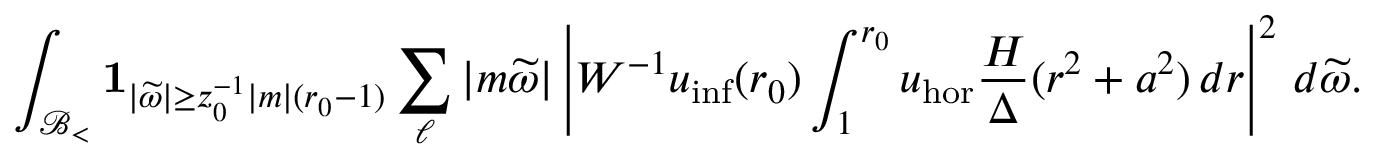
\int _ { { \mathcal { B } _ { < } } } \mathbf { 1 } _ { | \widetilde { \omega } | \geq z _ { 0 } ^ { - 1 } | m | ( r _ { 0 } - 1 ) } \sum _ { \ell } | m \widetilde { \omega } | \left| W ^ { - 1 } u _ { \mathrm { i n f } } ( r _ { 0 } ) \int _ { 1 } ^ { r _ { 0 } } u _ { \mathrm { h o r } } \frac { H } { \Delta } ( r ^ { 2 } + a ^ { 2 } ) \, d r \right| ^ { 2 } \, d \widetilde { \omega } .